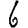
Digit: 6